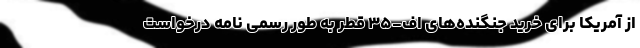
از آمریکا برای خرید جنگنده‌های اف-۳۵ قطر به طور رسمی نامه درخواست